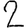
Digit: 2